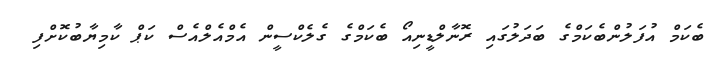
ބެކަމް އުފަލުންބެކަމްގެ ބަދަލުގައި ރޮނާލްޑީނިއޯ ބެކަމްގެ ގެލެކްސީން އެމްއެލްއެސް ކަޕް ކާމިޔާބުކޮށްފި